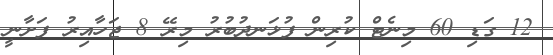
12 ގަޑި 60 މިނެޓް ކުރިން ފުޅަނދުބުރު މިރޭ 8 ޖަހާއިރު ފަށާނީ